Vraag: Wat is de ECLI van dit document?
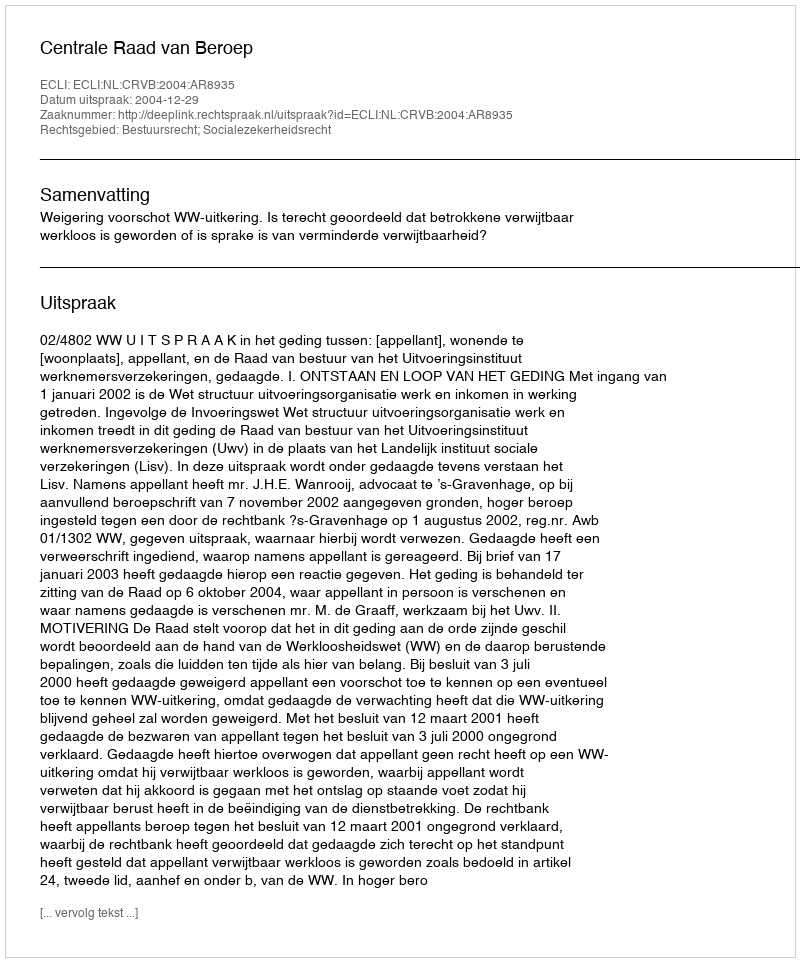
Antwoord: ECLI:NL:CRVB:2004:AR8935